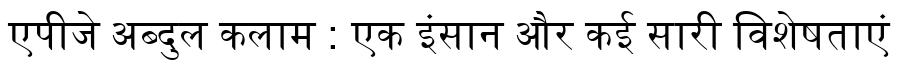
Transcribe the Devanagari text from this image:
एपीजे अब्दुल कलाम : एक इंसान और कई सारी विशेषताएं